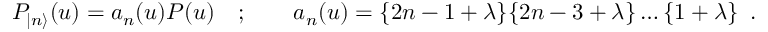
P _ { | n \rangle } ( u ) = a _ { n } ( u ) P ( u ) \quad ; \qquad a _ { n } ( u ) = \{ 2 n - 1 + \lambda \} \{ 2 n - 3 + \lambda \} \dots \{ 1 + \lambda \} \, \, \, .